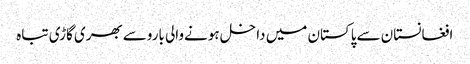
افغانستان سےپاکستان میں داخل ہونےوالی باروسےبھری گاڑی تباہ